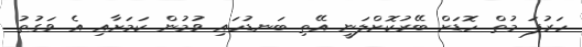
ހަރުފަ މުތް ހޮޑަށް ބޭރުކޮށްލަނީ އޭތި ބަނޑުހައި ވުމުން ކަމަށާއި އެ ވަގުތު